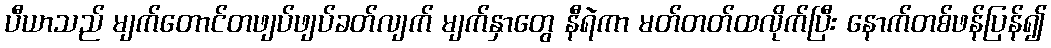
ပီယာသည် မျက်တောင်တဖျပ်ဖျပ်ခတ်လျက် မျက်နှာတွေ နီရဲကာ မတ်တတ်ထလိုက်ပြီး နောက်တစ်ဖန်ပြန်၍